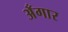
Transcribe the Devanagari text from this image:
अँगार